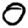
Digit: 0